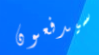
سيدفعون